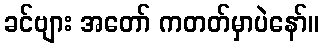
ခင်ဗျား အတော် ကတတ်မှာပဲနော်။